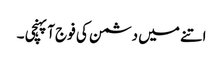
اتنے میں دشمن کی فوج آپہنچی ۔